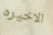
الاخيره